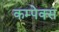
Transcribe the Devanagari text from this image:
कम्पेक्स